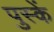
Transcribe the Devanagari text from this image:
पुस्कें